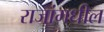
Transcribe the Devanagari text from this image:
राजांमधील